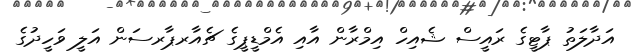
އަދާލަތު ޕާޓީގެ ރައީސް ޝެއިހް އިމްރާން އާއި އެމްޑީޕީގެ ޗެއާރޕާރސަން އަލީ ވަހީދުގެ